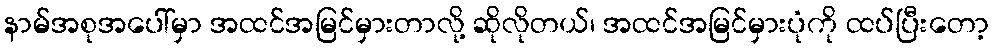
နာမ်အစုအပေါ်မှာ အထင်အမြင်မှားတာလို့ ဆိုလိုတယ်၊ အထင်အမြင်မှားပုံကို ထပ်ပြီးတော့